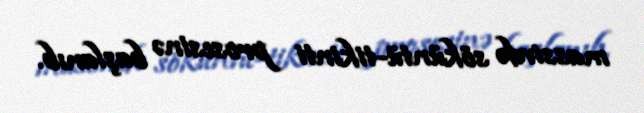
massivdə söküntü-tikinti prosesinə başlanıb.